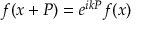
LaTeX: f ( x + P ) = e ^ { i k P } f ( x )